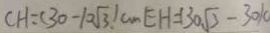
C H = ( 3 0 - 1 0 \sqrt { 3 } . ) c m E H = ( 3 0 \sqrt { 3 } - 3 0 ) 0